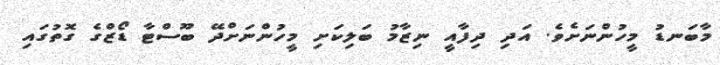
މާބަނޑު މީހުންނަށެވެ. އަދި ދިފާއީ ނިޒާމު ބަލިކަށި މީހުންނަށްދޭ ބޫސްޓާ ޑޯޒްގެ ގޮތުގައި